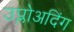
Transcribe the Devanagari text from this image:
उप्लोअदिंग